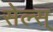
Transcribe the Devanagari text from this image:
सेल्स्